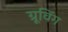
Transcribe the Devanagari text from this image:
ग्रूविंग